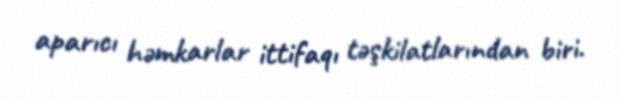
aparıcı həmkarlar ittifaqı təşkilatlarından biri.